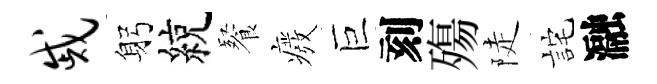
戚躬綂餐癈巨刻殤陡詫瀜